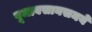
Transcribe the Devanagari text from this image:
पूजावसानसमये